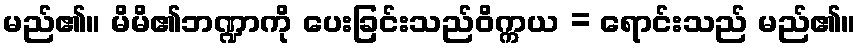
မည်၏။ မိမိ၏ဘဏ္ဍာကို ပေးခြင်းသည်ဝိက္ကယ = ရောင်းသည် မည်၏။